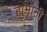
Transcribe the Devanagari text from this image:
ह्युमानी